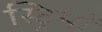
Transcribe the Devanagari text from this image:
स्ट्रिमों